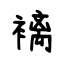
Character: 褵